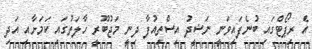
އެ ރިޕޯޓްގައި ބުނެފައިވަނީ ނަޝީދު އިސްތިއުފާ ދިނީ މަޖުބޫރީ ހާލަތުގައި ކަމަށާއި އަދި